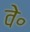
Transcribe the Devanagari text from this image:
वे॰